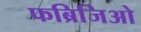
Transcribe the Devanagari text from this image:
फब्रिजिओ